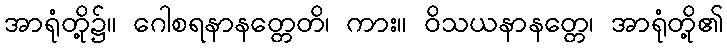
အာရုံတို့၌။ ဂေါစရနာနတ္တေတိ၊ ကား။ ဝိသယနာနတ္တေ၊ အာရုံတို့၏